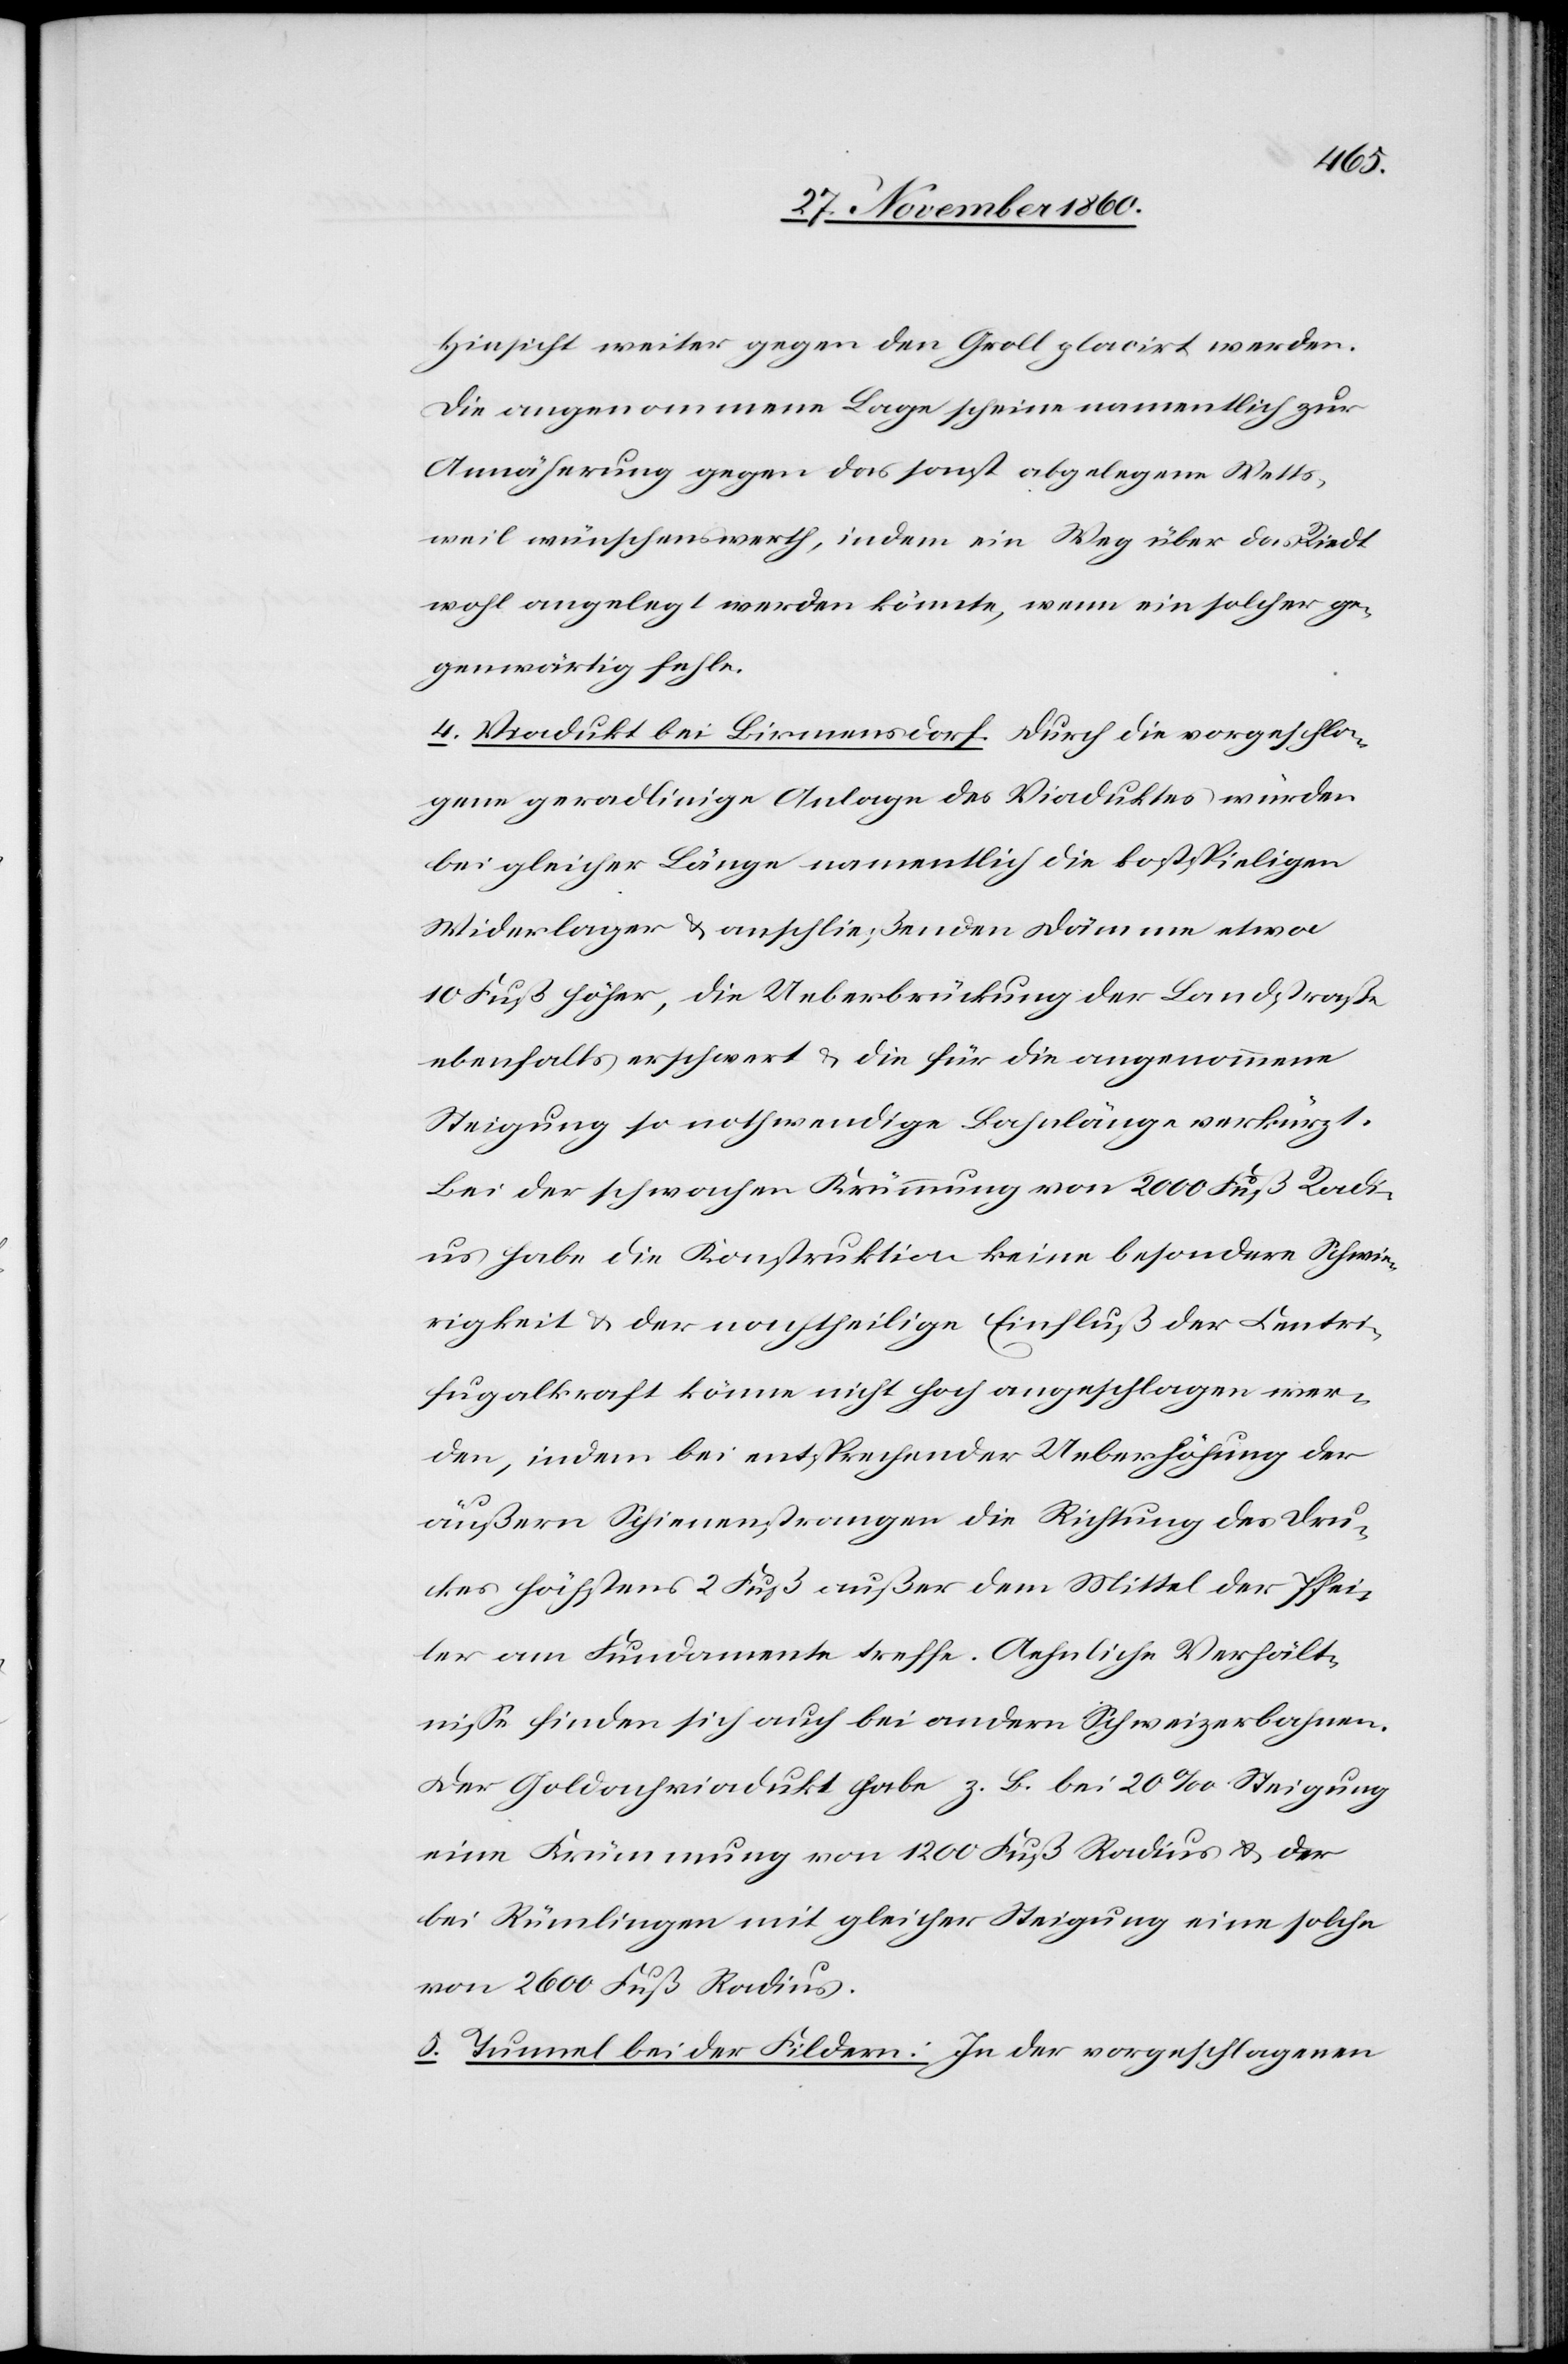
Hinsicht weiter gegen den Groll placirt werden.
Die angenommene Lage scheine namentlich zur
Annäherung gegen das sonst abgelegene Wetts¬
weil wünschenswerth, indem ein Weg über das Riedt
wohl angelegt werden könnte, wenn ein solcher ge¬
genwärtig fehle.
4. Viadukt bei Birmensdorf. Durch die vorgeschla¬
gene geradlinige Anlage des Viaduktes würden
bei gleicher Länge namentlich die kostspieligen
Widerlager u. anschließenden Dämme etwa
10 Fuß höher, die Ueberbrückung der Landstraße
ebenfalls erschwert u. die für die angenommene
Steigung so nothwendige Bahnlänge verkürzt.
Bei der schwachen Krümmung von 2000 Fuß Radi¬
us habe die Konstruktion keine besondere Schwie¬
rigkeit u. der nachtheilige Einfluß der Centri¬
fugalkraft könne nicht hoch abgeschlagen wer¬
den, indem bei entsprechender Ueberhöhung der
äußern Schienenstrangen die Richtung des Dru¬
ckes höchstens 2 Fuß außer dem Mittel der Pfei¬
ler am Fundamente treffe. Aehnliche Verhält¬
nisse finden sich auch bei andern Schweizerbanken.
Der Goldbachviadukt habe z. B. bei 20‰ Steigung
eine Krümmung von 1200 Fuß Radius u. der
bei Rümlingen mit gleicher Steigung eine solche
von 2600 Fuß Radius.
5. Tunnel bei der Fildern: In der vorgeschlagenen